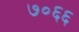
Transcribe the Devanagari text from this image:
७०६६